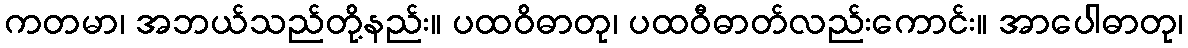
ကတမာ၊ အဘယ်သည်တို့နည်း။ ပထဝိဓာတု၊ ပထဝီဓာတ်လည်းကောင်း။ အာပေါဓာတု၊